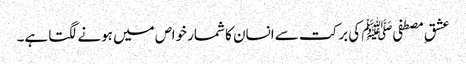
عشقِ مصطفیﷺ کی برکت سے انسان کا شمار خواص میں ہونے لگتا ہے۔